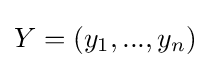
Y=(y_{1},...,y_{n})